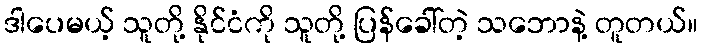
ဒါပေမယ့် သူတို့ နိုင်ငံကို သူတို့ ပြန်ခေါ်တဲ့ သဘောနဲ့ တူတယ်။